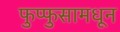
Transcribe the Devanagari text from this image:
फुप्फुसामधून